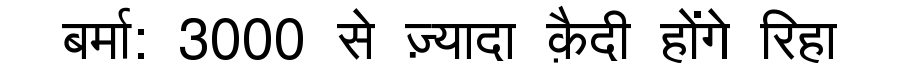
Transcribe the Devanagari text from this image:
बर्मा: 3000 से ज़्यादा क़ैदी होंगे रिहा